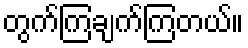
တွက်ကြချက်ကြတယ်။